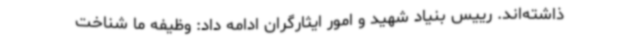
ذاشته‌اند. رییس بنیاد شهید و امور ایثارگران ادامه داد: وظیفه ما شناخت